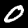
Digit: 0